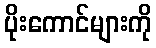
ပိုးကောင်များကို